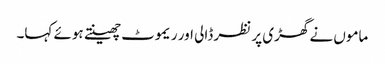
ماموں نے گھڑی پر نظر ڈالی اور ریموٹ چھینتے ہوئے کہا۔